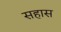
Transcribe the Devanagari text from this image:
सहास